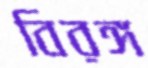
বিরঙ্গ